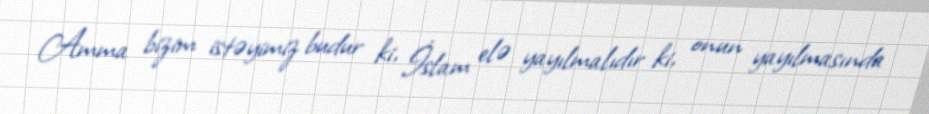
Amma bizim istəyimiz budur ki, İslam elə yayılmalıdır ki, onun yayılmasında